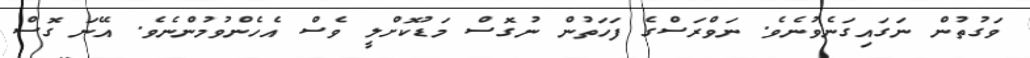
ވަގުތުން ނަގައިގަނެވުނެވެ. ނަވްރަސްގެ ފަހަތުން ނުގޮސް މަޑުކޮށްލީ ވެސް އެހެންވުމުންނެވެ. އޭނަ ގޮސް